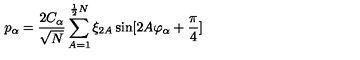
p _ { \alpha } = \frac { 2 C _ { \alpha } } { \sqrt { N } } \sum _ { A = 1 } ^ { \frac { 1 } { 2 } N } \xi _ { 2 A } \sin [ 2 A \varphi _ { \alpha } + \frac { \pi } { 4 } ]